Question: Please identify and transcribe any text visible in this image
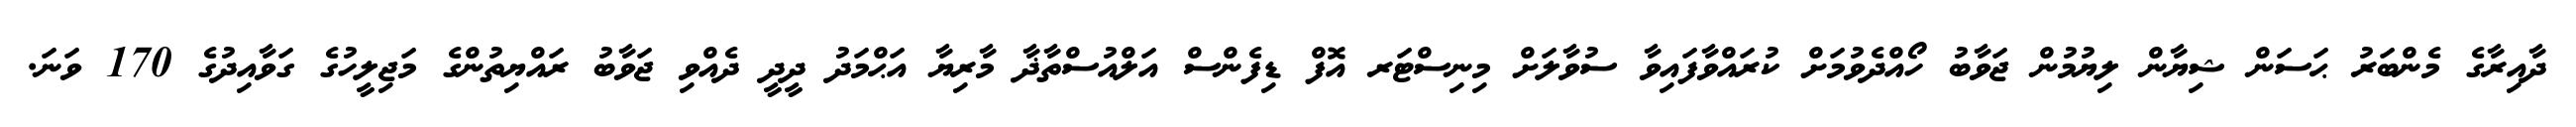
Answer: ދާއިރާގެ މެންބަރު ޙަސަން ޝިޔާން ލިޔުމުން ޖަވާބު ހޯއްދެވުމަށް ކުރައްވާފައިވާ ސުވާލަށް މިނިސްޓަރ އޮފް ޑިފެންސް އަލްއުސްތާޛާ މާރިޔާ އަޙްމަދު ދީދީ ދެއްވި ޖަވާބު ރައްޔިތުންގެ މަޖިލީހުގެ ގަވާއިދުގެ 170 ވަނަ.